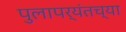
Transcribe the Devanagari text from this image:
पुलापर्यंतच्या